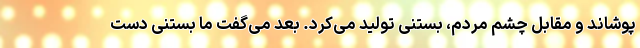
پوشاند و مقابل چشم مردم، بستنی تولید می‌کرد. بعد می‌گفت ما بستنی دست